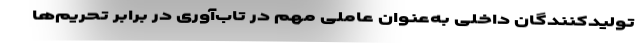
تولیدکنندگان داخلی به‌عنوان عاملی مهم در تاب‌آوری در برابر تحریم‌ها